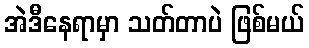
အဲဒီနေရာမှာ သတ်တာပဲ ဖြစ်မယ်